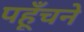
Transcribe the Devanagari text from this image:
पहूँचने